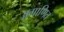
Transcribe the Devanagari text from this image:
अगाणित